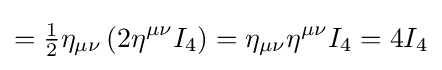
={\tfrac {1}{2}}\eta _{\mu \nu }\left(2\eta ^{\mu \nu }I_{4}\right)=\eta _{\mu \nu }\eta ^{\mu \nu }I_{4}=4I_{4}